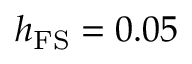
h _ { \mathrm { F S } } = 0 . 0 5